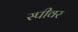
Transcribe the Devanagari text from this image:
स्पीवर